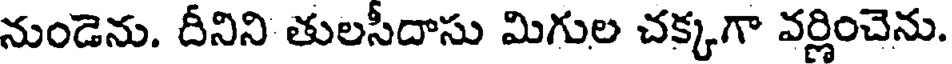
నుండెను. దీనిని తులసీదాసు మిగుల చక్కగా వర్ణించెను.